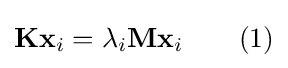
\mathbf {K} \mathbf {x} _{i}=\lambda _{i}\mathbf {M} \mathbf {x} _{i}\qquad (1)